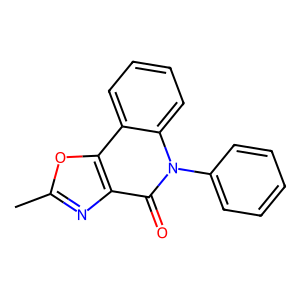
SMILES: Cc1nc2c(=O)n(-c3ccccc3)c3ccccc3c2o1
Inhibits HIV replication: No